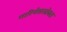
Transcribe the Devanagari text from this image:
गारिगेससोबत